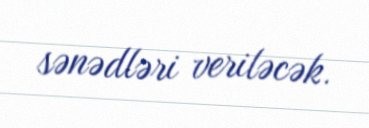
sənədləri veriləcək.